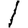
Digit: 1